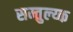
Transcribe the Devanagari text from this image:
सम्तुल्य्क